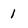
Character: 1